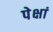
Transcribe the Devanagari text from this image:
पेक्षां